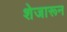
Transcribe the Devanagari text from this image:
शेजारून